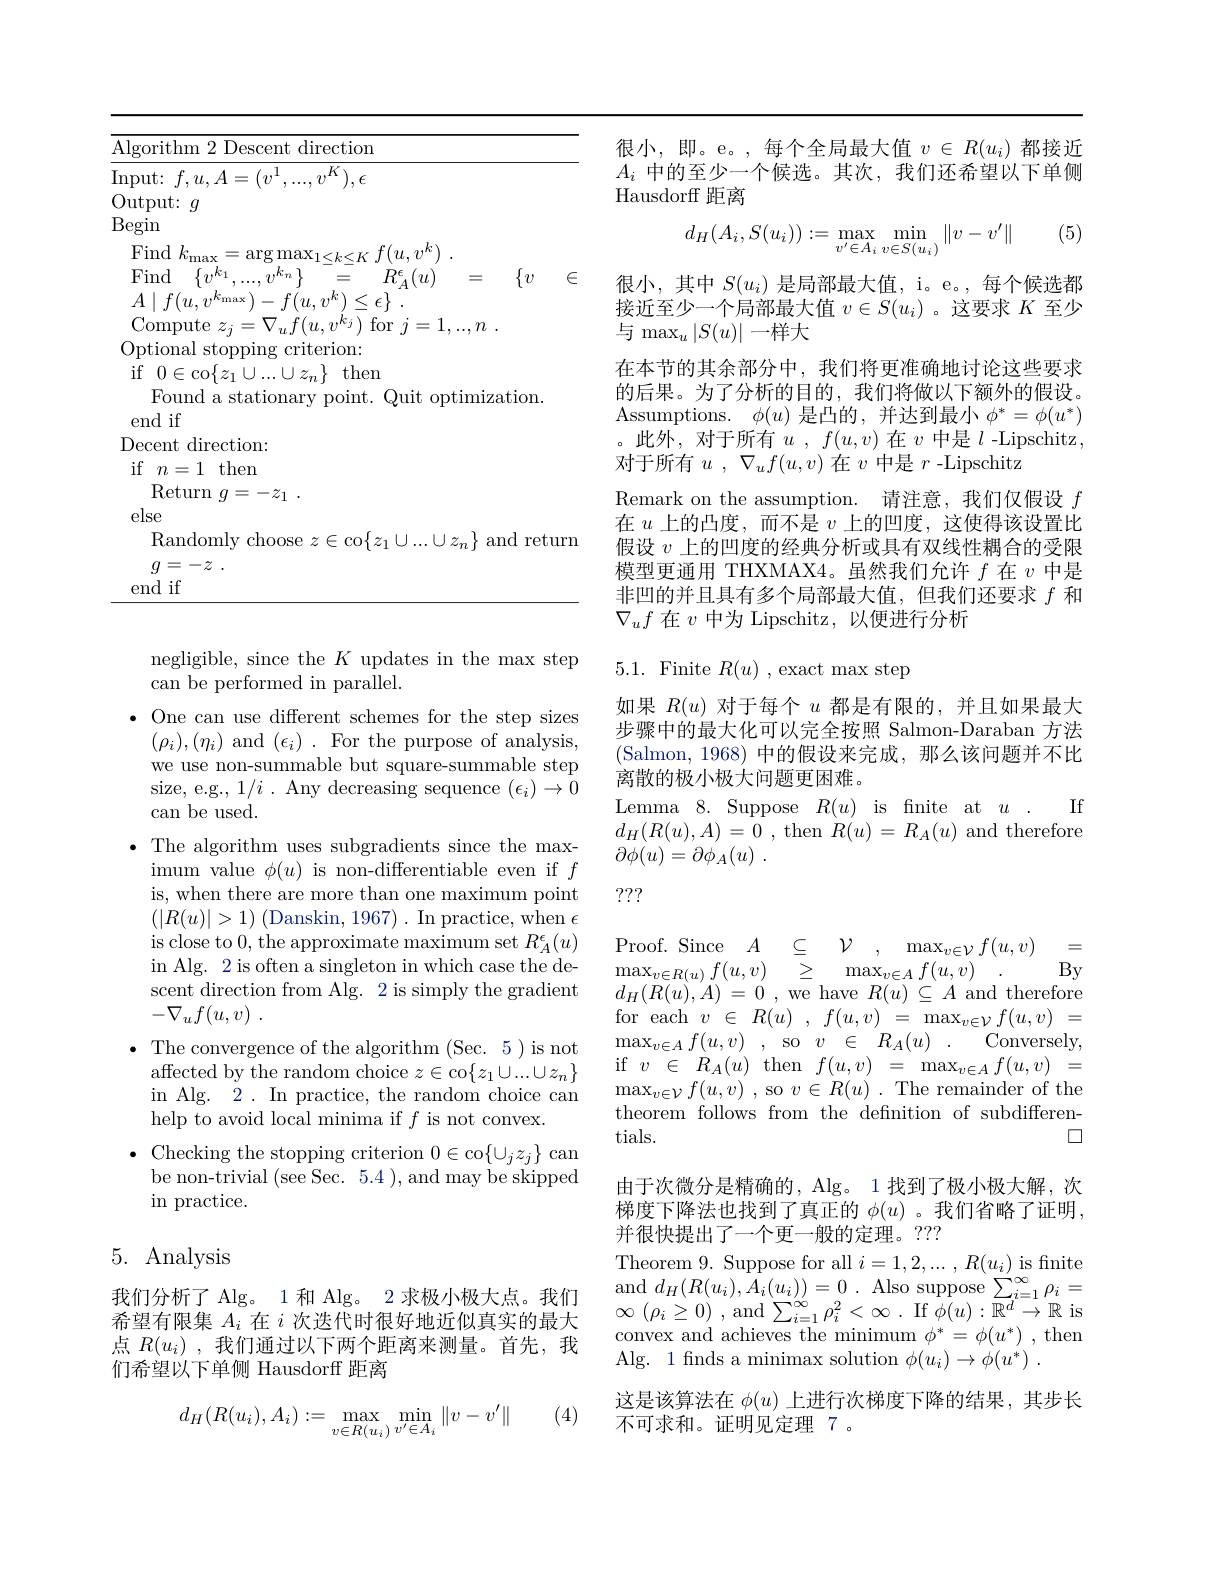
<table>
	<tbody>
		<tr>
			<td>Al 1 I 1</td>
		</tr>
		<tr>
			<td>$\mathrm{In}_{\mathrm{I}}$</td>
		</tr>
		<tr>
			<td>1</td>
		</tr>
		<tr>
			<td>Be 1</td>
		</tr>
		<tr>
			<td> </td>
		</tr>
		<tr>
			<td> </td>
		</tr>
		<tr>
			<td> </td>
		</tr>
		<tr>
			<td> </td>
		</tr>
	</tbody>
</table>

negligible, since the $K$ updates in the max step
can be performed in parallel.
$\bullet$ One can use different schemes for the step sizes
$(\rho_{i}),(\eta_{i})$ and $(\epsilon_{i}).$ For the purpose of analysis, we use non-summable but square-summable step size, e.g., $1/ i$ . Any decreasing sequence $(\epsilon_i)\to0$ can be used.
$\bullet$ The algorithm uses subgradients since the max-
imum value $\phi(u)$ is non-differentiable even if $f$ is, when there are more than one maximum point $(|R(u)|>1)$ (Danskin, 1967). In practice, when $\epsilon$ is close to 0, the approximate maximum set $R_A^\epsilon(u)$ in Alg. 2 is often a singleton in which case the descent direction from Alg. 2 is simply the gradient $- \nabla _uf( u, v)$ .
$\bullet$ The convergence of the algorithm (Sec. 5)is not
$\operatorname{affected}$by the random choice $z\in\operatorname{co}\{z_1\cup...\cup z_n\}$ in Alg. 2. In practice, the random choice can help to avoid local minima if $f$ is not convex.
$\bullet$ Checking the stopping criterion $0\in\operatorname{co}\{\cup_jz_j\}$ can
be non-trivial (see Sec. 5.4 ), and may be skipped
$\operatorname{in}$practice.

## 5. Analysis

我们分析了 Alg。1 和 Alg。2 求极小极大点。我们希望有限集$A_i$在$i$次迭代时很好地近似真实的最大点$R(u_i)$,我们通过以下两个距离来测量。首先，我们希望以下单侧 Hausdorff 距离

(4)
$$d_H(R(u_i),A_i):=\max_{v\in R(u_i)}\min_{v'\in A_i}\|v-v'\|$$
很小，即。e。,每个全局最大值$v\in R(u_i)$都接近$A_i$中的至少一个候选。其次，我们还希望以下单侧Hausdorff 距离

(5)
$$d_H(A_i,S(u_i)):=\max_{v'\in A_i}\min_{v\in S(u_i)}\|v-v'\|$$
很小，其中$S(u_i)$是局部最大值，i。e。,每个候选都接近至少一个局部最大值$v\in S(u_i)$ 。这要求$K$至少与$\max_u|S(u)|$一样大
在本节的其余部分中，我们将更准确地讨论这些要求的后果。为了分析的目的，我们将做以下额外的假设。Assumptions. $\phi(u)$是凸的，并达到最小$\phi^*=\phi(u^*)$ 。此外，对于所有$u,f(u,v)$在$v$中是$l$-Lipschitz, 对于所有$u$ , $\nabla _{u}f( u, v)$在$v$中是$r$ -Lipschitz
Remark on the assumption. 请注意，我们仅假设$f$ 在$u$上的凸度，而不是$v$上的凹度，这使得该设置比假设$v$上的凹度的经典分析或具有双线性耦合的受限模型更通用 THXMAX4。虽然我们允许$f$在$v$中是非凹的并且具有多个局部最大值，但我们还要求$f$和$\nabla_uf$在$v$中为 Lipschitz, 以便进行分析

# 5.1. Finite $R(u)$ , exact max step

如果$R(u)$对于每个$u$都是有限的，并且如果最大步骤中的最大化可以完全按照 Salmon-Daraban 方法(Salmon,1968)中的假设来完成，那么该问题并不比离散的极小极大问题更困难。
Lemma 8. Suppose $R(u)$ is fnite at $u.$ If $\begin{array}{l}d_{H}(R(u),A)=0\:,\:\mathrm{then}\:R(u)=\:R_{A}(u)\:\mathrm{and}\:\mathrm{therefore}\\\partial\phi(u)=\partial\phi_{A}(u)\:.\end{array}$

???

$\begin{array}{llll}{\mathrm{Proof.~Since~}A}&{\subseteq}&{\mathcal{V}}&{,}&{\max_{v\in\mathcal{V}}f(u,v)}&{=}\\{\mathrm{max}_{v\in R(u)}f(u,v)}&{\geq}&{\max_{v\in\mathcal{A}}f(u,v)}&{.}&{\mathrm{By}}\end{array}$ $\begin{array}{rcl}{d_{H}(R(u),A)=0\:,\:\mathrm{we~have~}R(u)\:\subseteq\:A\:\mathrm{and~therefore}}\\{\mathrm{for~each~}v\in\:R(u)\:,\:f(u,v)\:=\:\max_{v\in\mathcal{V}}f(u,v)\:=}\end{array}$
Conversely,
$\operatorname* { max} _{v\in A}f( u, v)$ , so $v\in$ $R_A( u)$ .
if$v\in R_A(u)$then$f(u,v)=\max_{v\in A}f(u,v)=$ $\operatorname* { max} _{v\in \mathcal{V} }f( u, v)$ , so $v\in R( u)$ .The remainder of the theorem follows from the defnition of subdifferentials.
口

由于次微分是精确的，Alg。1 找到了极小极大解，次梯度下降法也找到了真正的 $\phi(u)$ 。我们省略了证明， 并很快提出了一个更一般的定理。???
Theorem 9. Suppose for all $i=1,2,...,R(u_i)$ is finite $\begin{array}{c}{\mathrm{and~}}d_{H}(R(u_{i}),A_{i}(u_{i}))=0\\{\mathrm{and~}}d_{H}(R(u_{i}),A_{i}(u_{i}))=0\\{\mathrm{and~}}\end{array}.\begin{array}{c}{\mathrm{Also~suppose~}\sum_{i=1}^{\infty}\rho_{i}=}\\{\mathrm{and~}}d_{H}(R(u_{i}),A_{i}(u_{i}))=0\\{\mathrm{and~}}\end{array}$ $\infty$ $( \rho _{i}\geq 0)$ ,and$\sum _i= 1^{\infty }\rho _{i}^{2}< \infty$ .If$\phi(u):\mathbb{R}^d\to\mathbb{R}$is $\begin{array}{l}\mathrm{convex~and~achieves~the~minimum~}\phi^{*}=\phi(u^{*})\:,\mathrm{then}\\\mathrm{Alg.~1~fnds~a~minimax~solution~}\phi(u_{i})\to\phi(u^{*})\:.\end{array}$ 这是该算法在$\phi(u)$上进行次梯度下降的结果，其步长不可求和。证明见定理 7 。